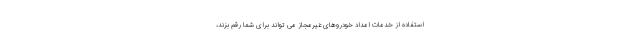
استفاده از خدمات امداد خودروهای غیرمجاز می تواند برای شما رقم بزند،